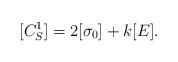
LaTeX: \begin{align*}[C_S^1] = 2[\sigma_0]+k[E]. \end{align*}